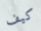
كيف